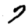
Digit: 7